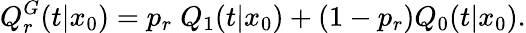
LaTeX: Q_{r}^{G}(t|x_{0})=p_{r}\; Q_{1}(t|x_{0})+(1-p_{r})Q_{0}(t|x_{0}).